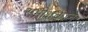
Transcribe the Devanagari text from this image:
समीक्षकोने